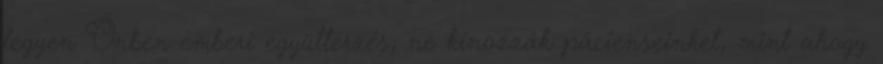
legyen Önben emberi együttérzés, ne kínozzák pácienseinket, mint ahogy